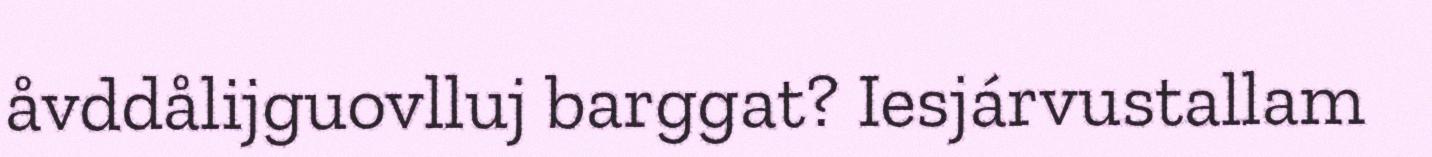
åvddålijguovlluj barggat? Iesjárvustallam